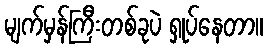
မျက်မှန်ကြီးတစ်ခုပဲ ရှုပ်နေတာ။